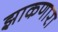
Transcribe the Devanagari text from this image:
झाकणारा